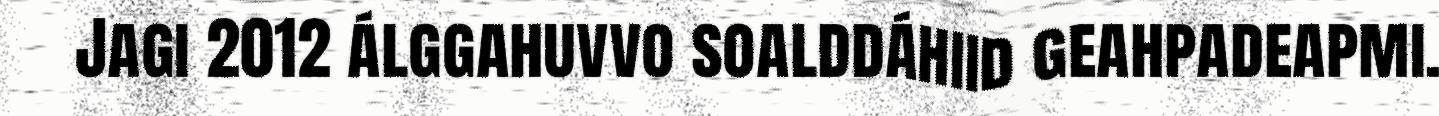
Jagi 2012 álggahuvvo soalddáhiid geahpadeapmi.